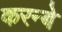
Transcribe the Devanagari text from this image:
करन्बे